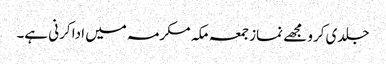
جلدی کرو مجھے نماز جمعہ مکہ مکرمہ میں ادا کرنی ہے۔